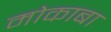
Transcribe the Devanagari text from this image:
मोकाबा